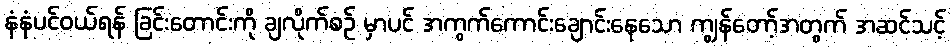
နံနံပင်ဝယ်ရန် ခြင်းတောင်းကို ချလိုက်စဉ် မှာပင် အကွက်ကောင်းချောင်းနေသော ကျွန်တော့်အတွက် အဆင်သင့်